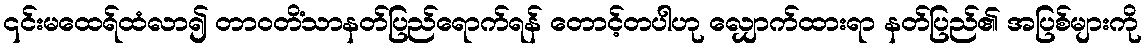
၎င်းမထေရ်ထံလာ၍ တာဝတိံသာနတ်ပြည်ရောက်ရန် တောင့်တပါဟု လျှောက်ထားရာ နတ်ပြည်၏ အပြစ်များကို